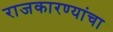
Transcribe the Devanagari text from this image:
राजकारण्यांचा